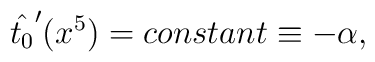
\hat{t_0}^{\prime}(x^5) = constant \equiv -\alpha ,